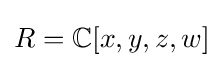
R=\mathbb {C} [x,y,z,w]